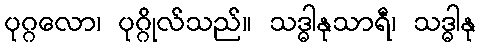
ပုဂ္ဂလော၊ ပုဂ္ဂိုလ်သည်။ သဒ္ဓါနုသာရီ၊ သဒ္ဓါနု